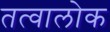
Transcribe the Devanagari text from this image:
तत्वालोक